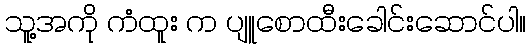
သူ့အကို ကံထူး က ပျူစောထီးခေါင်းဆောင်ပါ။